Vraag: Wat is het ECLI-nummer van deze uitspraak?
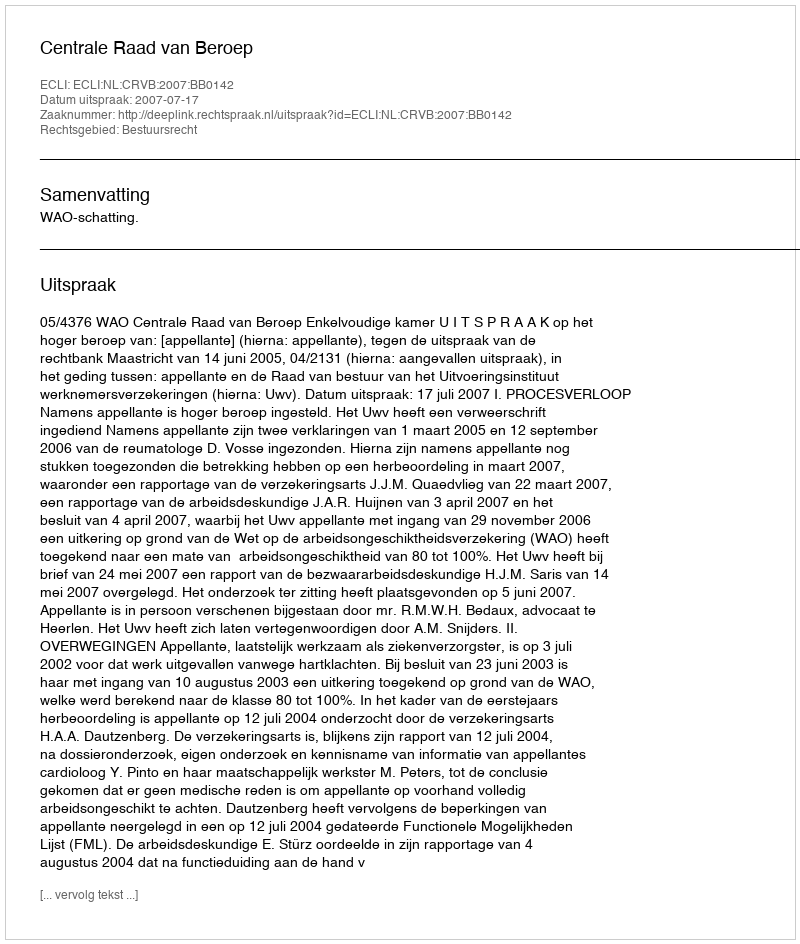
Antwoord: ECLI:NL:CRVB:2007:BB0142